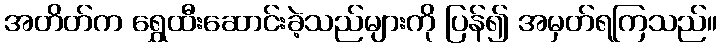
အတိတ်က ရွှေထီးဆောင်းခဲ့သည်များကို ပြန်၍ အမှတ်ရကြသည်။